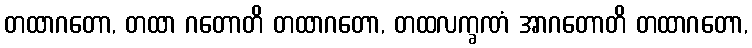
တထာဂတော, တထာ ဂတောတိ တထာဂတော, တထလက္ခဏံ အာဂတောတိ တထာဂတော,